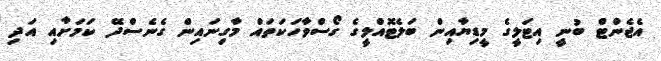
އެޖެންޓް ބުނީ އިޓަލީގެ މީޑިޔާއިން ބަލެޓޮއްލީގެ ގޯސްވާހަކަތައް މާގިނައިން ގެނެސްދޭ ކަމަށާއި އަދި